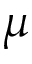
\mu